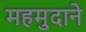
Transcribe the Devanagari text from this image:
महमुदाने